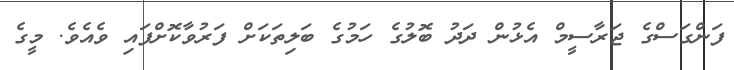
ފަންގަސްގެ ޖަރާސީމް އެޅުން ދަދު ބޮލުގެ ހަމުގެ ބަލިތަކަށް ފަރުވާކޮށްފައި ވެއެވެ. މީގެ